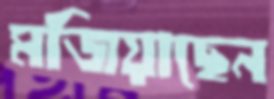
মজিয়াছেন